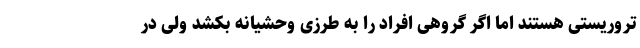
تروریستی هستند اما اگر گروهی افراد را به طرزی وحشیانه بکشد ولی در